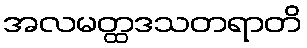
အလမတ္ထဒသတရာတိ